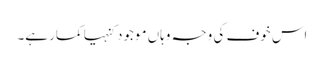
اس خوف کی وجہ وہاں موجود کنہیا کمار ہے۔